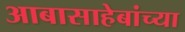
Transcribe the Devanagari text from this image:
आबासाहेबांच्या